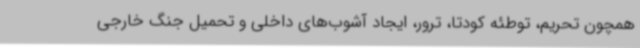
همچون تحریم، توطئه کودتا، ترور، ایجاد آشوب‌های داخلی و تحمیل جنگ خارجی